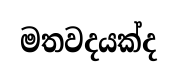
මතවදයක්ද